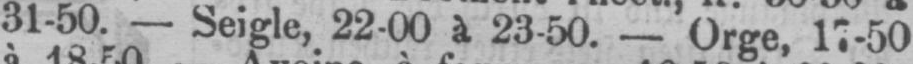
31-50. - Seigle, 22-00 à 23-50. - Orge, 17-50